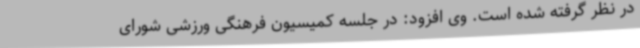
در نظر گرفته شده است. وی افزود: در جلسه کمیسیون فرهنگی ورزشی شورای